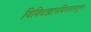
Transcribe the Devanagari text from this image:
विविधज्ञानविस्तारातून